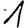
Digit: 1